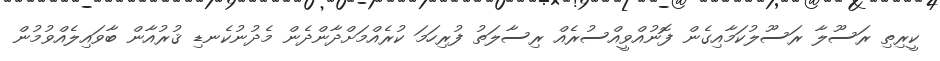
ކީރިތި ރަސޫލާ ރަސޫލުކަމާއިގެން ފޮނުއްވީއްސުރެއް ރިސާލަތު ފުރިހަމަ ކުރެއްމަށްދާންދެން މެދުނުކެނޑި ޤުރުއާން ބާވައިލެއްވުމުން